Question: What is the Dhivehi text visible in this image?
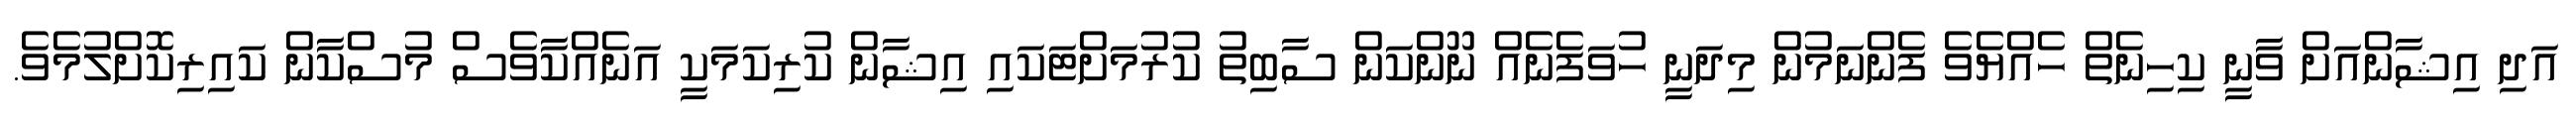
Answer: އަދި އިޝާންއަށް ވާނީ ކިހިނެތް ހެއްޔެވެ ފެންނަމުން މިދަނީ ހުވަފެނެއް ނޫންކަން ސާބިތު ކުރުމަށްޓަކައި އިޝާން ކުރިކަމަކީ އަނެއްކާވެސް މުސްކާން ކައިރިކޮށްލުމެވެ.